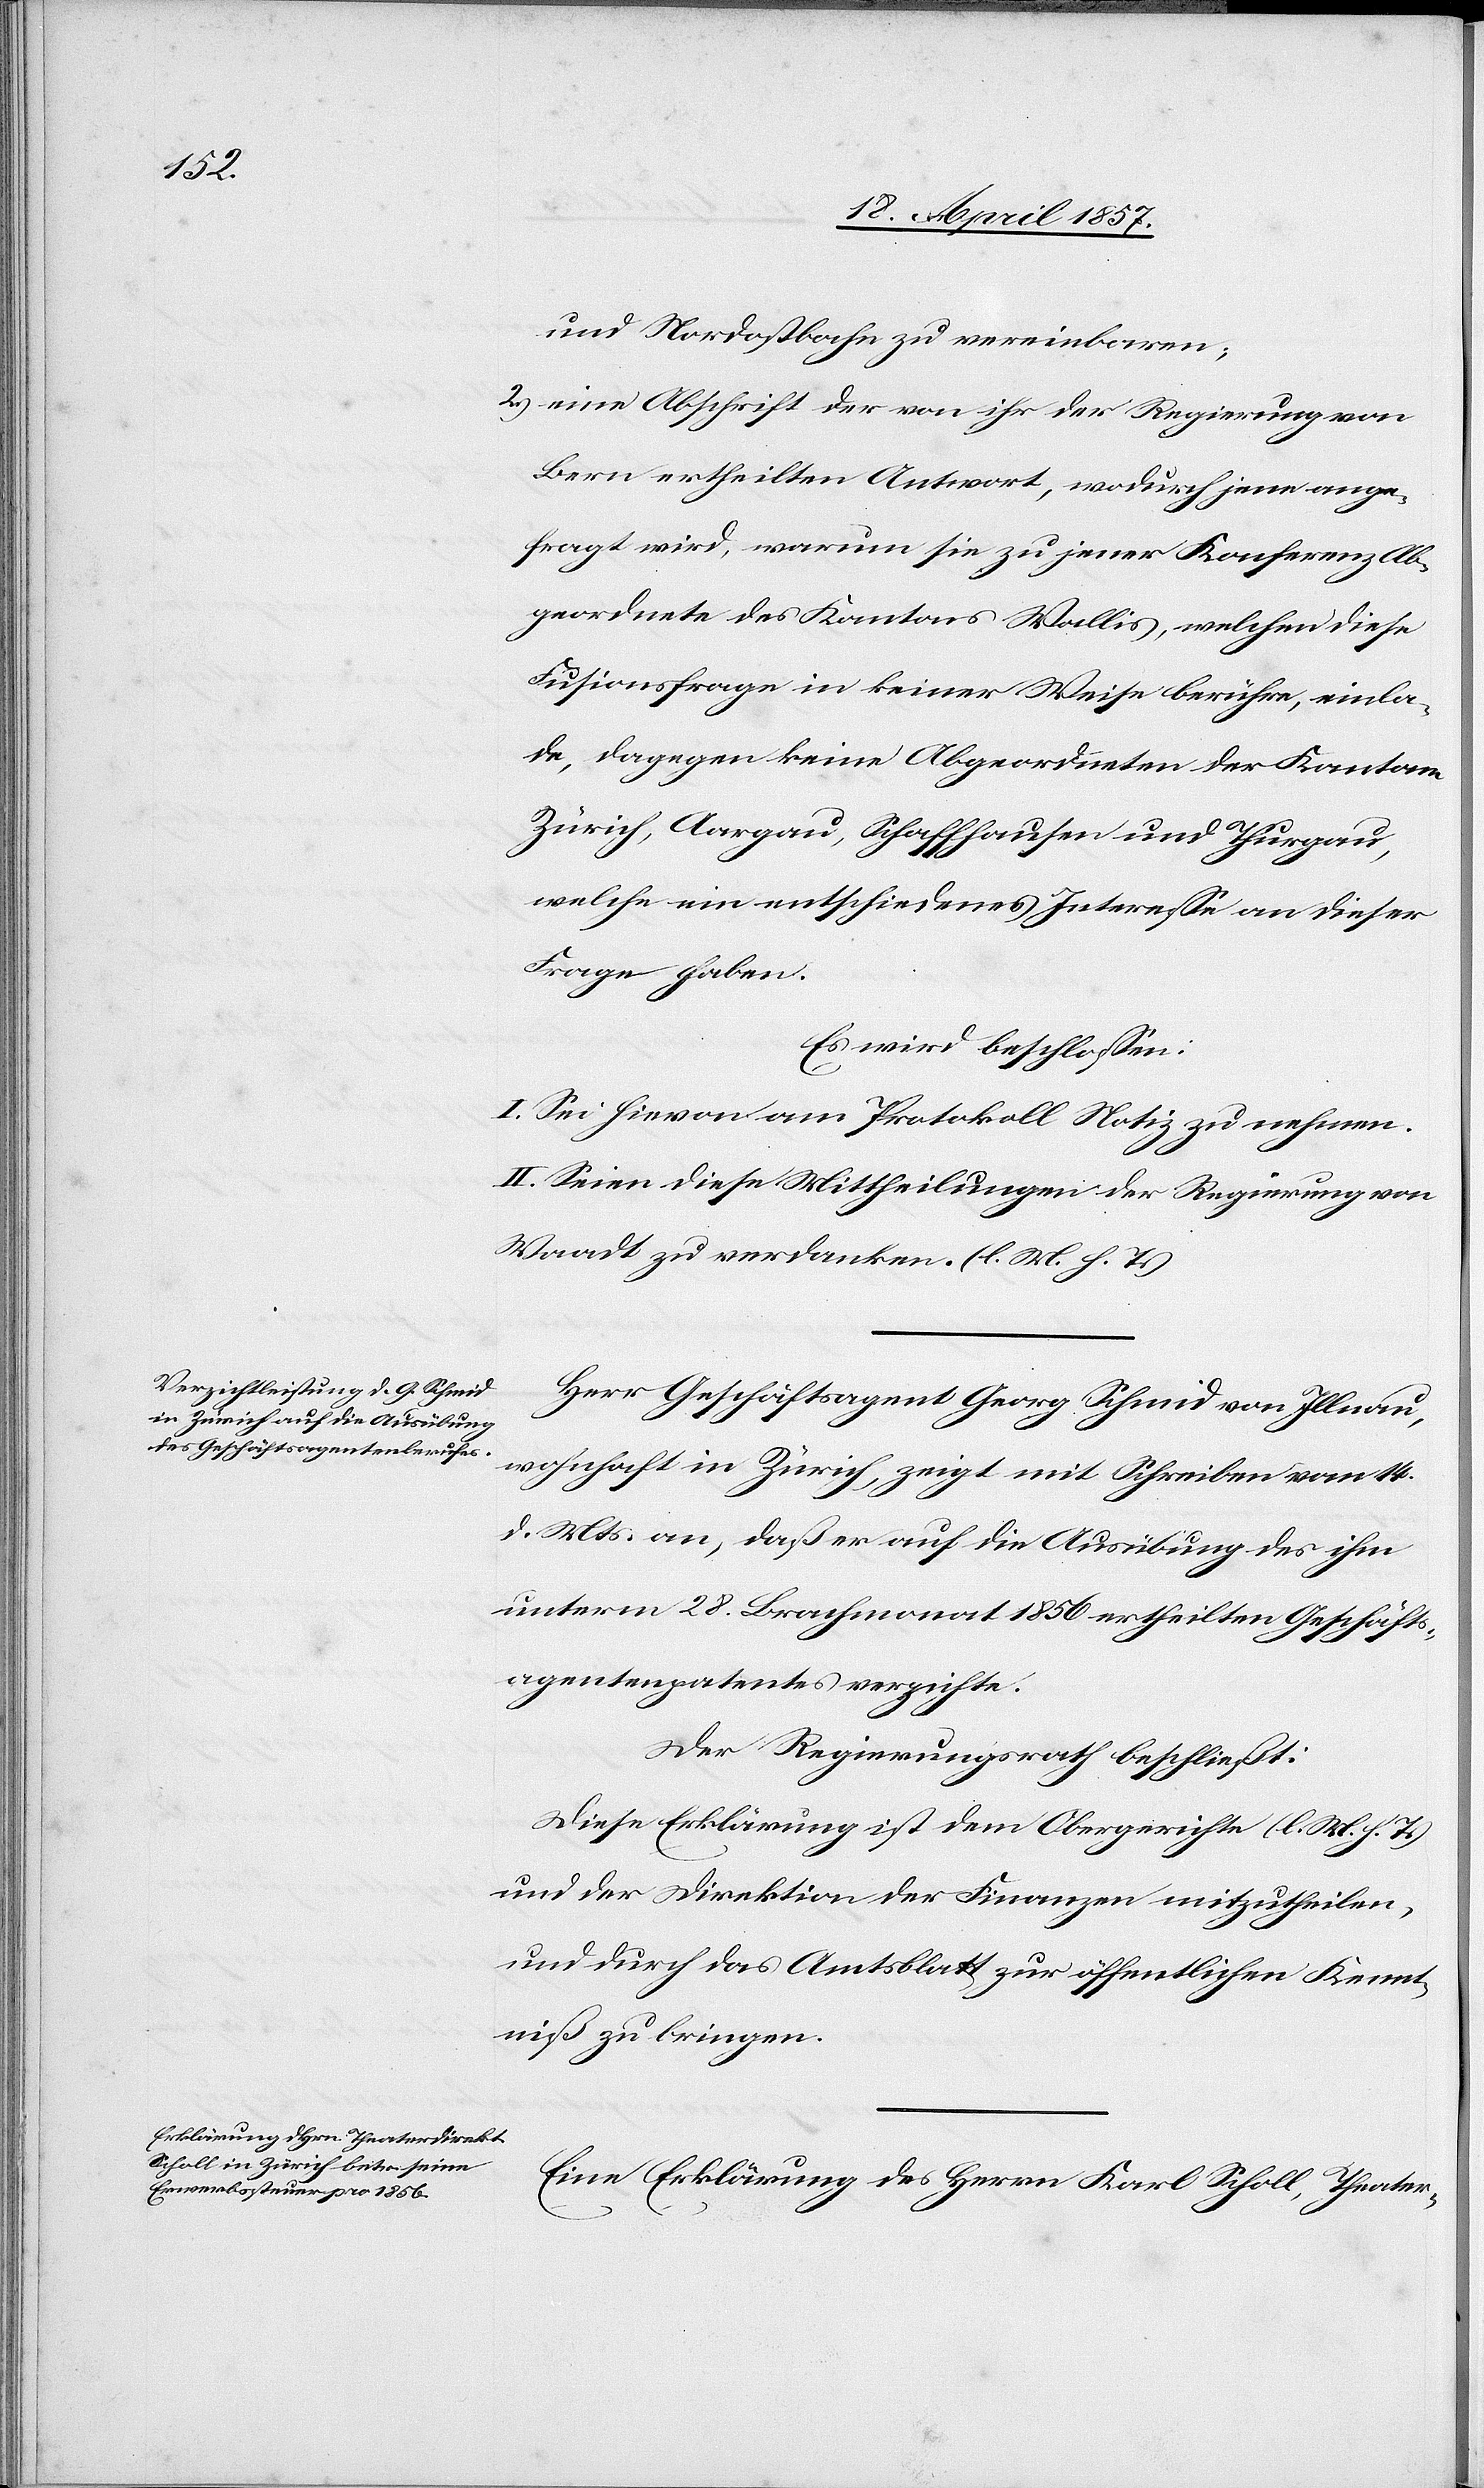
und Nordostbahn zu vereinbaren;
2.) eine Abschrift der von ihr der Regierung von
Bern ertheilten Antwort, wodurch jene ange¬
fragt wird, warum sie zu jener Konferenz Ab¬
geordnete des Kantons Wallis, welchen diese
Fusionsfrage in keiner Weise berühre, einla¬
de, dagegen keine Abgeordneten der Kantone
Zürich, Aargau, Schaffhausen und Thurgau,
welche ein entschiedenes Interesse an dieser
Frage haben.
Es wird beschlossen:
I. Sei hievon am Protokoll Notiz zu nehmen.
II. Seien diese Mittheilungen der Regierung von
Waadt zu verdanken. (l. M. h. T.)
Herr Geschäftsagent Georg Schmid von Illnau,
wohnhaft in Zürich, zeigt mit Schreiben vom 14.
d. Mts. an, daß er auf die Ausübung des ihm
unterm 28. Brachmonat 1856 ertheilten Geschäfts¬
agentenpatentes verzichte.
Der Regierungsrath beschließt:
Diese Erklärung ist dem Obergerichte (l. M. h. T.)
und der Direktion der Finanzen mitzutheilen,
und durch das Amtsblatt zur öffentlichen Kennt¬
niß zu bringen.
Eine Erklärung des Herrn Karl Scholl, Theater-